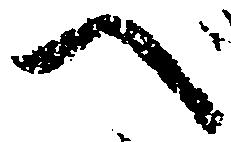
へ